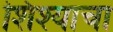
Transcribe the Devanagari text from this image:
शिश्याचा